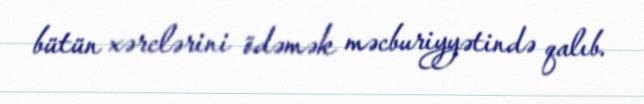
bütün xərclərini ödəmək məcburiyyətində qalıb.